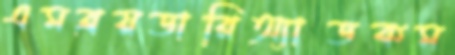
এমব্রয়ডারিঅ্যাডকম